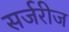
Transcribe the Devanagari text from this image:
सर्जरीज